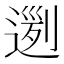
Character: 𨔭